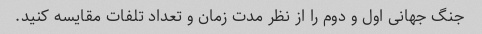
جنگ جهانی اول و دوم را از نظر مدت زمان و تعداد تلفات مقایسه کنید.